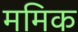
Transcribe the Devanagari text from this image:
ममिक